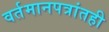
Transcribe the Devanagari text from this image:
वर्तमानपत्रांतही